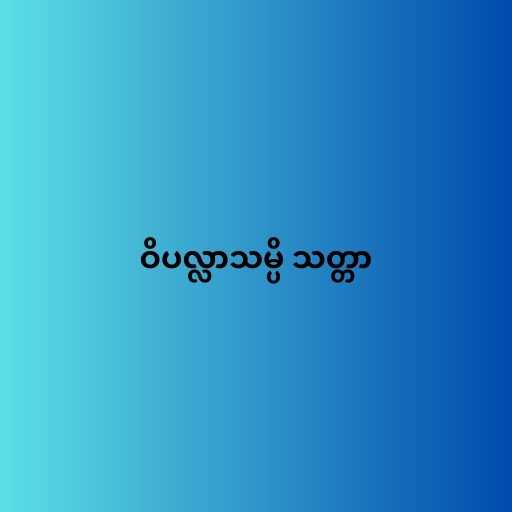
ဝိပလ္လာသမ္ပိ သတ္တာ